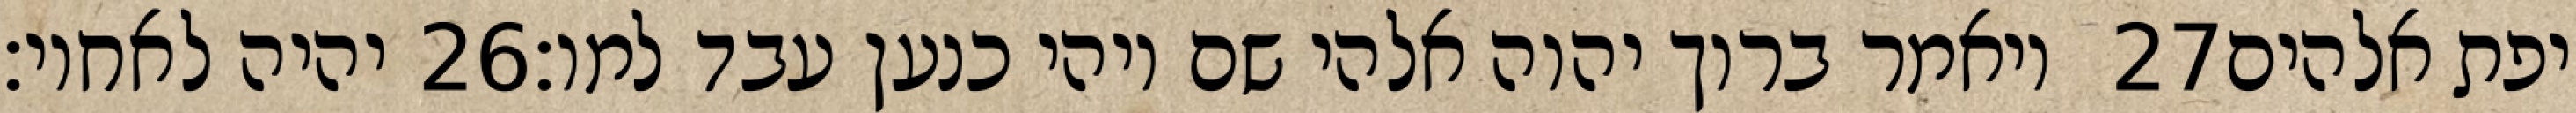
יהיה לאחיו׃ ‎26‏ ויאמר ברוך יהוה אלהי שם ויהי כנען עבד למו׃ ‎27‏ יפת אלהים